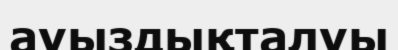
ауыздықталуы